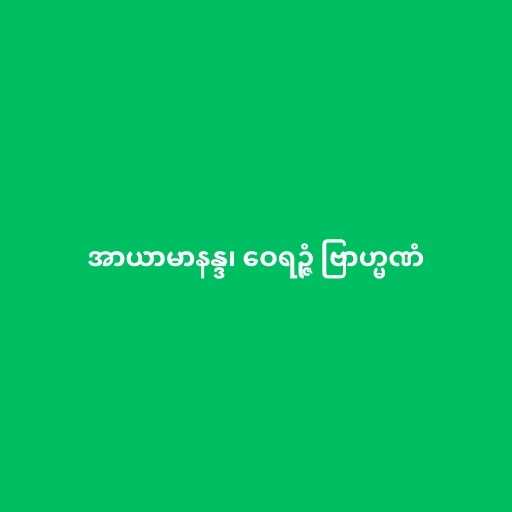
အာယာမာနန္ဒ၊ ဝေရဉ္ဇံ ဗြာဟ္မဏံ